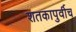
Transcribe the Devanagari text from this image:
शतकापुर्वीच